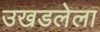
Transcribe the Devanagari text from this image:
उखडलेला